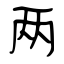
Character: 两